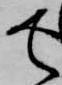
て